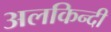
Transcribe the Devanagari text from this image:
अलकिन्दी